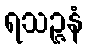
ရသဉ္ဇနံ